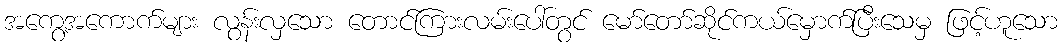
အကွေ့အကောက်များ လွန်းလှသော တောင်ကြားလမ်းပေါ်တွင် မော်တော်ဆိုင်ကယ်မှောက်ပြီးသေမှ ဖြင့်ဟူသော